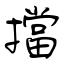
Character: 擋